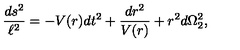
{ \frac { d s ^ { 2 } } { \ell ^ { 2 } } } = - V ( r ) d t ^ { 2 } + { \frac { d r ^ { 2 } } { V ( r ) } } + r ^ { 2 } d \Omega _ { 2 } ^ { 2 } ,